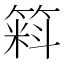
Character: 𱸚